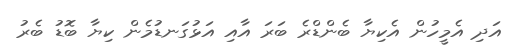
އަދި އެމީހުން އެކިޔާ ބެންޑްރެ ބަރަ އާއި އަޅުގަނޑުމެން ކިޔާ ބޮޑު ބެރު